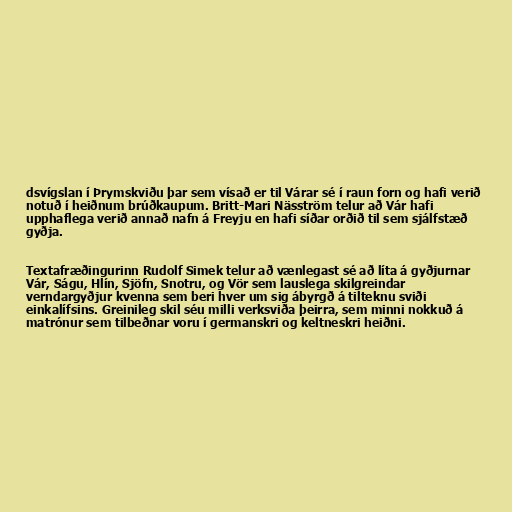
dsvígslan í Þrymskviðu þar sem vísað er til Várar sé í raun forn og hafi verið
notuð í heiðnum brúðkaupum. Britt-Mari Näsström telur að Vár hafi
upphaflega verið annað nafn á Freyju en hafi síðar orðið til sem sjálfstæð
gyðja.

Textafræðingurinn Rudolf Simek telur að vænlegast sé að líta á gyðjurnar
Vár, Ságu, Hlín, Sjöfn, Snotru, og Vör sem lauslega skilgreindar
verndargyðjur kvenna sem beri hver um sig ábyrgð á tilteknu sviði
einkalífsins. Greinileg skil séu milli verksviða þeirra, sem minni nokkuð á
matrónur sem tilbeðnar voru í germanskri og keltneskri heiðni.